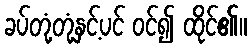
ခပ်တုံ့တုံ့နှင့်ပင် ဝင်၍ ထိုင်၏။